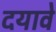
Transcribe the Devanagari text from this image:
दयावे